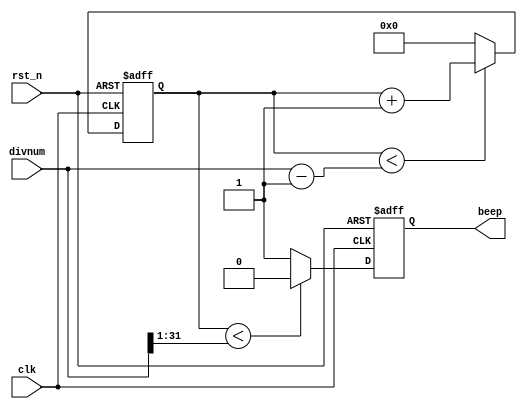
module wave_gen_04 (

  input   wire            clk,
  input   wire            rst_n,
  
  input   wire  [31:0]    divnum,
  
  output  reg             beep
);
  
  reg           [31:0]    cnt;
  
  always @ (posedge clk, negedge rst_n) begin
    if (rst_n == 1'b0)
      cnt <= 32'd0;
    else
      if (cnt < divnum - 1'b1)
        cnt <= cnt + 1'b1;
      else
        cnt <= 32'd0;
  end
  
  always @ (posedge clk, negedge rst_n) begin
    if (rst_n == 1'b0)
      beep <= 1'b0;
    else
      if (cnt < divnum[31:1])
        beep <= 1'b0;
      else
        beep <= 1'b1;
  end

endmodule